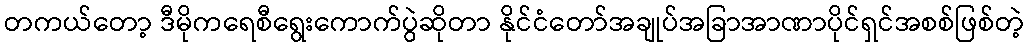
တကယ်တော့ ဒီမိုကရေစီရွေးကောက်ပွဲဆိုတာ နိုင်ငံတော်အချုပ်အခြာအာဏာပိုင်ရှင်အစစ်ဖြစ်တဲ့